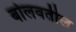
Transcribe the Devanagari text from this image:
बोलवतील